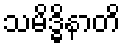
သမိဒ္ဓိနာတိ